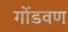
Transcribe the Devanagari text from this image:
गोंडवण